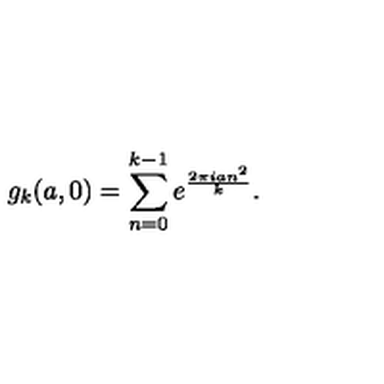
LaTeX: g _ { k } ( a , 0 ) = \sum _ { n = 0 } ^ { k - 1 } e ^ { \frac { 2 \pi i a n ^ { 2 } } { k } } .